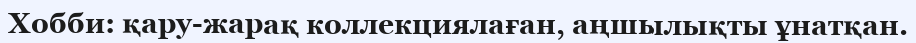
Хобби: қару-жарақ коллекциялаған, аңшылықты ұнатқан.